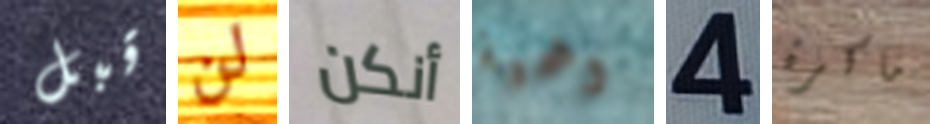
قبل لن أنكن وهمية 4 ماكرة